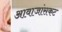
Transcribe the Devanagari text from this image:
आवाजांसकट